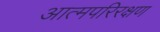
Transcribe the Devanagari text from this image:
आत्मपरिरक्षण